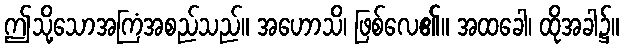
ဤသို့သောအကြံအစည်သည်။ အဟောသိ၊ ဖြစ်လေ၏။ အထခေါ၊ ထိုအခါ၌။